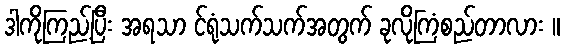
ဒါကိုကြည့်ပြီး အရသာ င်ရုံသက်သက်အတွက် ခုလိုကြံစည်တာလား ။